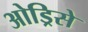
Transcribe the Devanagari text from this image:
ओड्रिसे